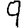
Digit: 9